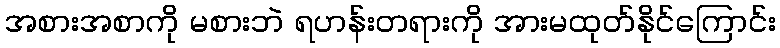
အစားအစာကို မစားဘဲ ရဟန်းတရားကို အားမထုတ်နိုင်ကြောင်း